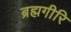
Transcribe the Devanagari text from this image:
ब्रह्मगीरि